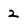
Character: 2